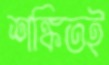
শঙ্কিতই